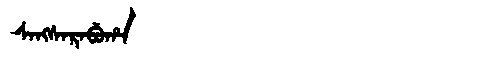
Manchu: ᠰᠠᠩᠰᠠᡵᠠᠪᡠᡥᠠ
Romanization: SANGSARABUHA